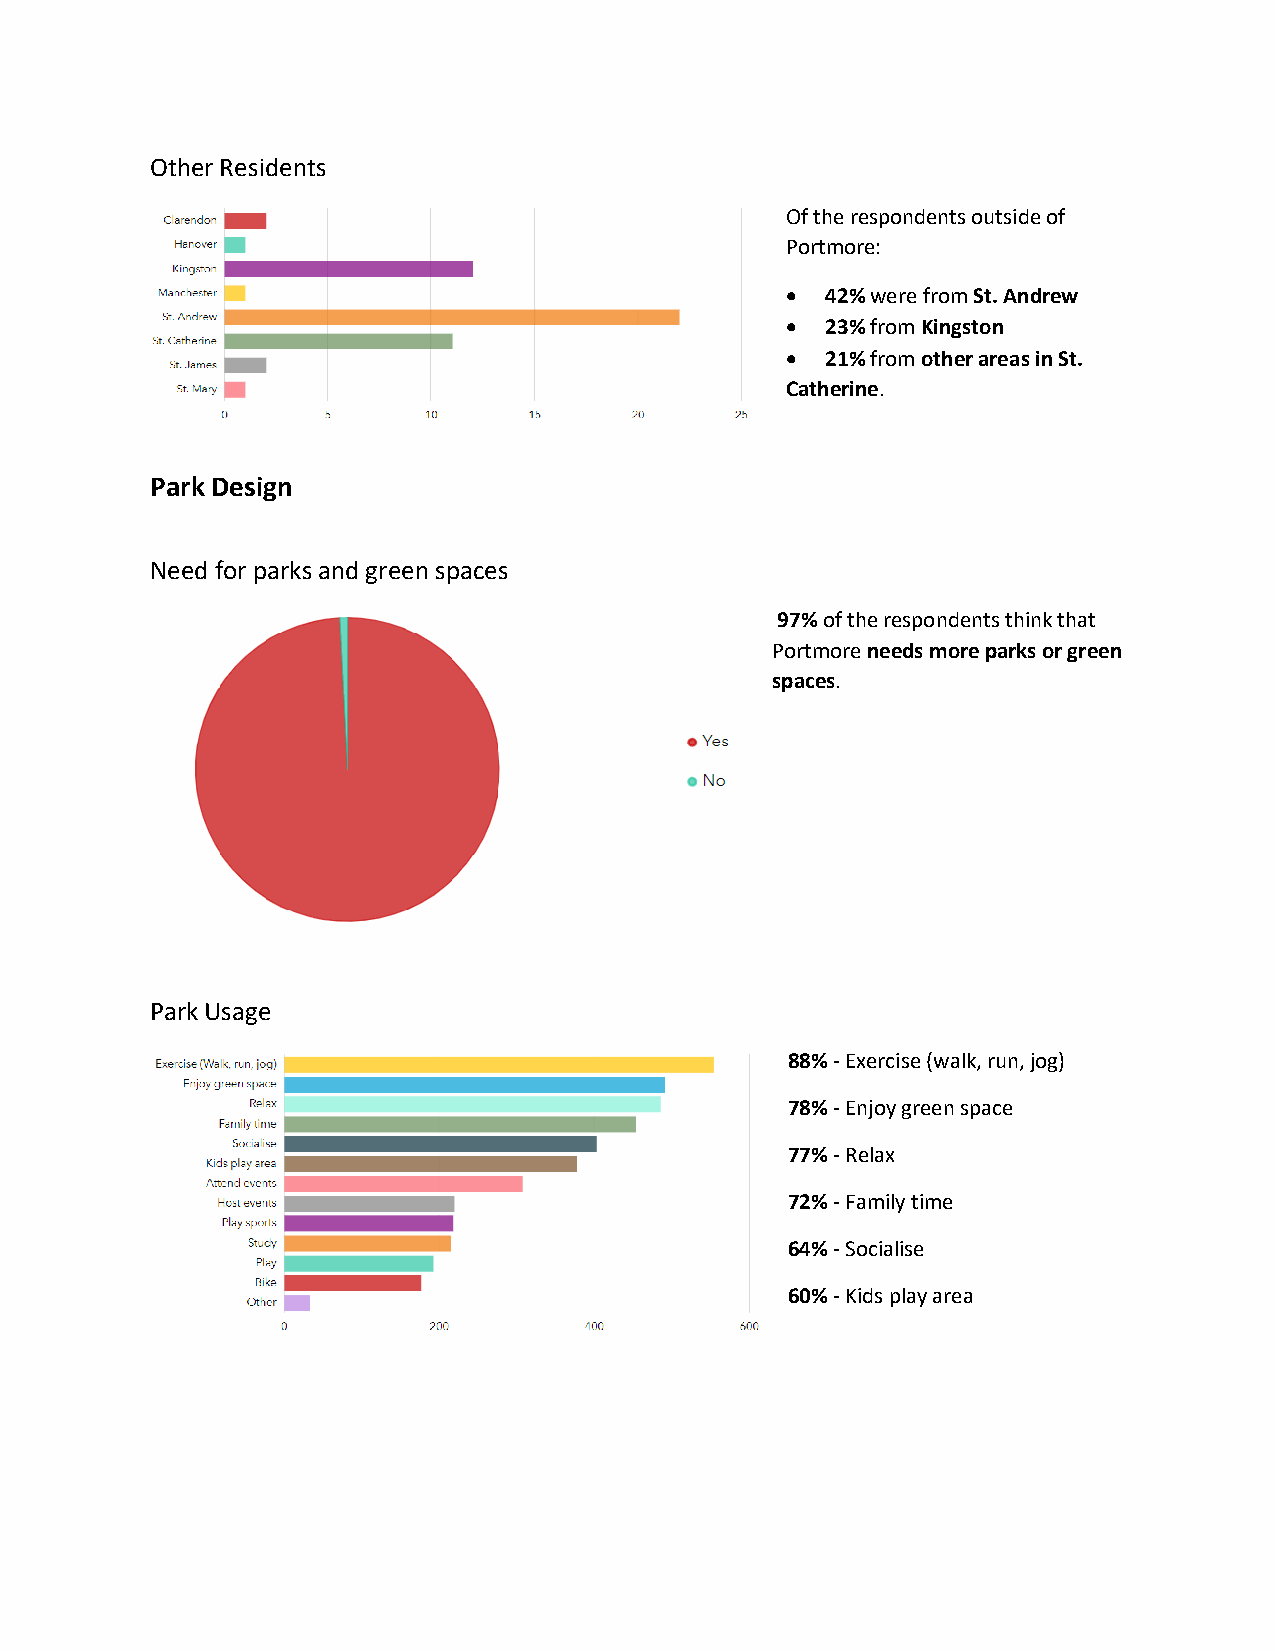
Other Residents
 Of the respondents outside of
 Portmore:
 •  42% were from St. Andrew
 •  23% from Kingston
 •  21% from other areas in St.
 Catherine.
 Park Design
 Need for parks and green spaces
 97% of the respondents think that
 Portmore needs more parks or green
 spaces.
 Park Usage
 88% - Exercise (walk, run, jog)
 78% - Enjoy green space
 77% - Relax
 72% - Family time
 64% - Socialise
 60% - Kids play area